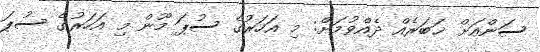
ސަންއަށް ޚަބަރެއް ދެއްވުމަށް: މި އަހަރުގެ ސުޕަ މޫން މި އަހަރުގެ ސުޕަ